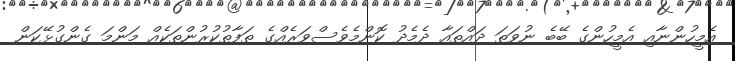
އެމީހުންނާއި އެމީހުންގެ ބޭބެ ނުވަތަ ދައްތައާ ދެމެދު ކޮންމެވެސްވަރެއްގެ ތަފާތުކުރުންތަކެއް މަންމަ ގެންގުޅޭކަން